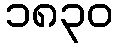
၁၈၃၀